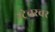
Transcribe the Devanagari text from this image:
स्ट्रेचरवर